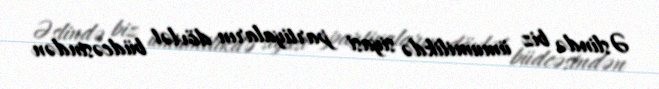
Əslində biz ümumilikdə siyasi partiyaların dövlət büdcəsindən